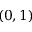
( 0 , 1 )